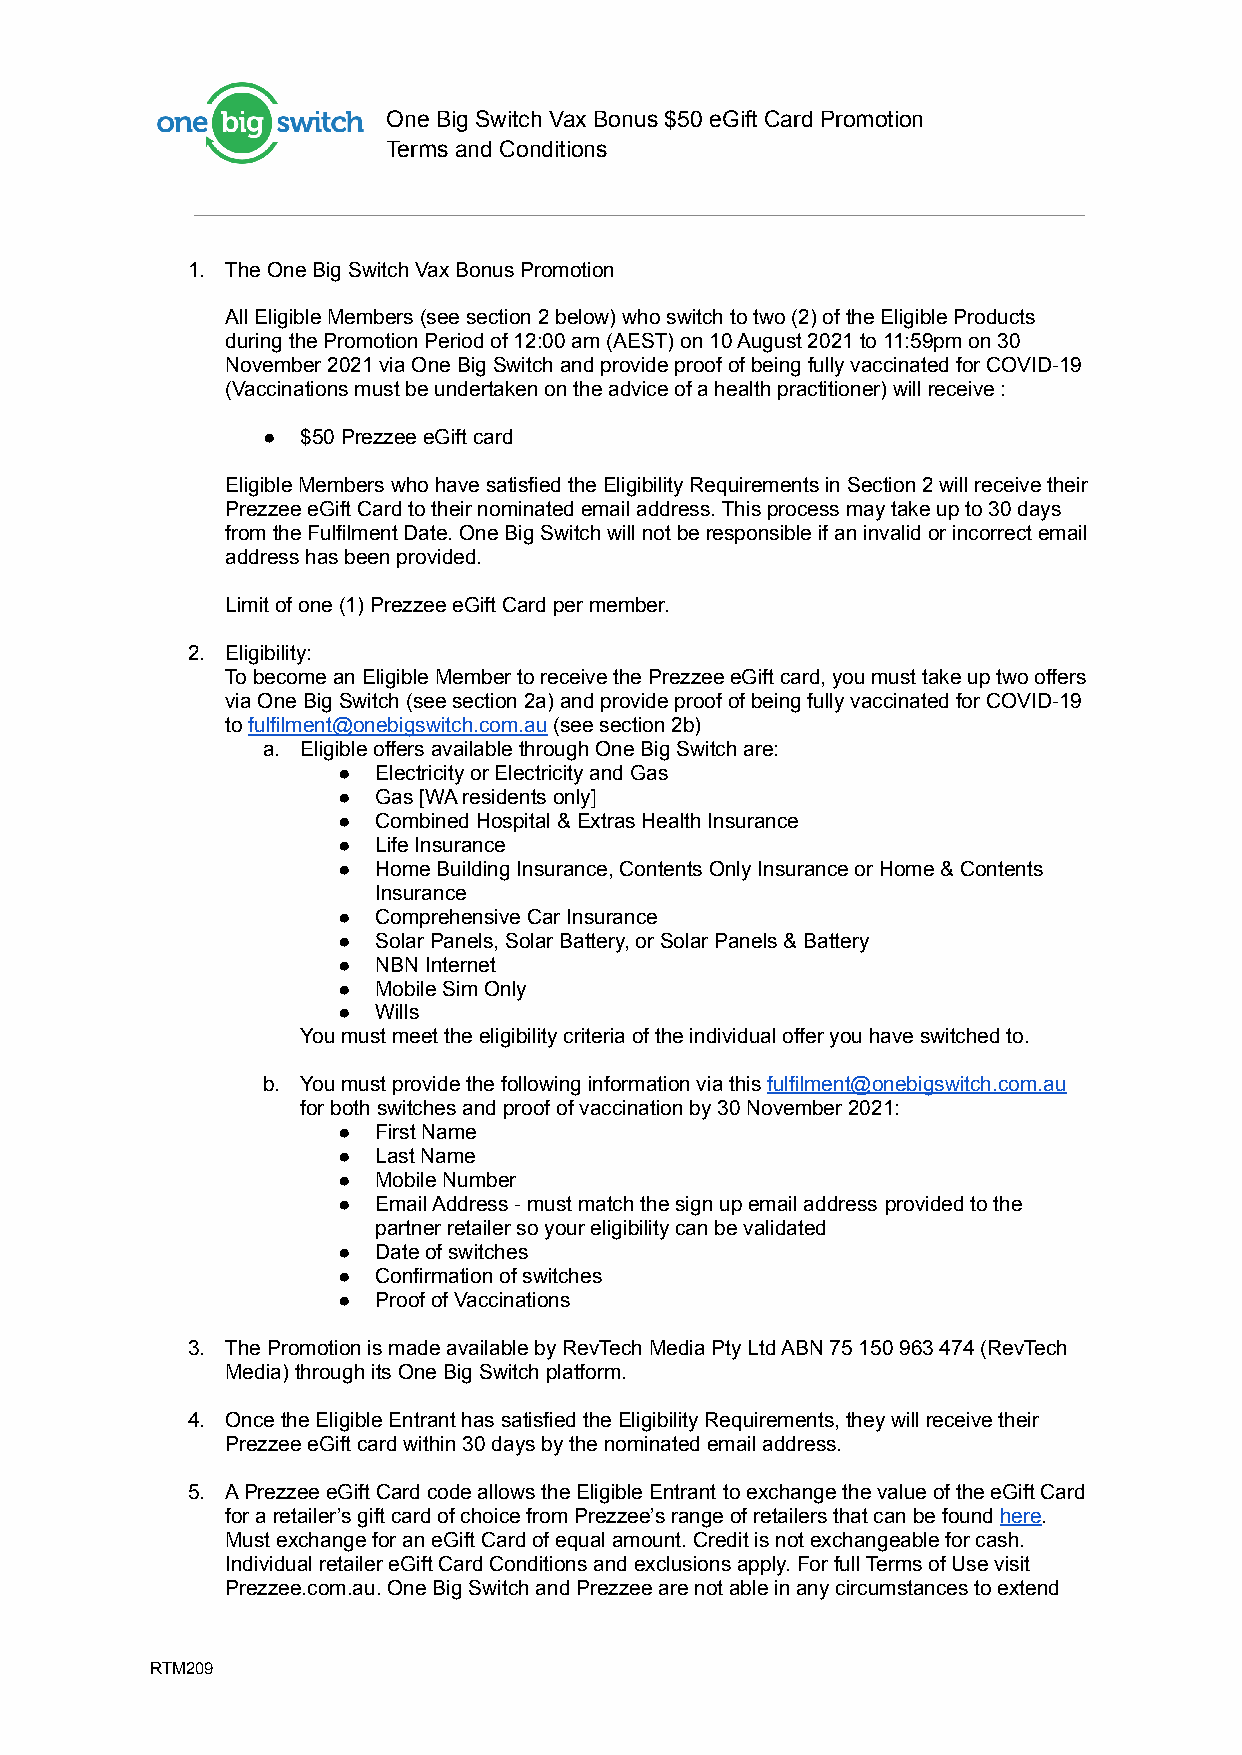
One Big Switch Vax Bonus $50 eGift Card Promotion
 Terms and Conditions
 1. The One Big Switch Vax Bonus Promotion
 All Eligible Members (see section 2 below) who switchto two (2) of the Eligible Products
 during the Promotion Period of 12:00 am (AEST) on10 August 2021 to 11:59pm on 30
 November 2021 via One Big Switch and provide proofof being fully vaccinated for COVID-19
 (Vaccination s must be undertaken on the adviceof a health practitioner) will receive :
 ●  $50 Prezzee eGift card
 Eligible Members who have satisfied the EligibilityRequirements in Section 2 will receive their
 Prezzee eGift Card to their nominated email address.This process may take up to 30 days
 from the Fulfilment Date. One Big Switch will notbe responsible if an invalid or incorrect email
 address has been provided.
 Limit of one (1) Prezzee eGift Card per member.
 2. Eligibility:
 To become an Eligible Member to receive thePrezzeeeGift card, you must take up two offers
 via One Big Switch (see section 2a) and provide proofof being fully vaccinated for COVID-19
 tofulfilment@onebigswitch.com.au(see section 2b)
 a. Eligible offers available through One Big Switch are:
 ●  Electricity or Electricity and Gas
 ●  Gas [WA residents only]
 ●  Combined Hospital & Extras Health Insurance
 ●  Life Insurance
 ●  Home Building Insurance, Contents Only Insurance orHome & Contents
 Insurance
 ●  Comprehensive Car Insurance
 ●  Solar Panels, Solar Battery, or Solar Panels & Battery
 ●  NBN Internet
 ●  Mobile Sim Only
 ●  Wills
 You must meet the eligibility criteria of the individualoffer you have switched to.
 b. You must provide the following information via thisfulfilment@onebigswitch.com.au
 for both switches and proof of vaccination by 30 November2021:
 ●  First Name
 ●  Last Name
 ●  Mobile Number
 ●  Email Address - must match the sign up email address provided to the
 partner retailer so your eligibility can be validated
 ●  Date of switches
 ●  Confirmation of switches
 ●  Proof of Vaccinations
 3. The Promotion is made available by RevTech Media PtyLtd ABN 75 150 963 474 (RevTech
 Media) through its One Big Switch platform.
 4. Once the Eligible Entrant has satisfied the EligibilityRequirements, they will receive their
 Prezzee eGift card within 30 days by the nominatedemail address.
 5. A Prezzee eGift Card code allows the Eligible Entrant to exchange the value of the eGift Card
 for a retailer’s gift card of choice from Prezzee’srange of retailers that can be foundhere.
 Must exchange for an eGift Card of equal amount. Creditis not exchangeable for cash.
 Individual retailer eGift Card Conditions and exclusionsapply. For full Terms of Use visit
 Prezzee.com.au. One Big Switch and Prezzee are notable in any circumstances to extend
 RTM209